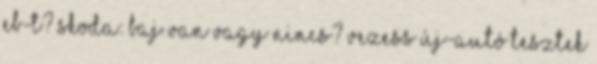
EB-t? Skoda: baj van vagy nincs? Vezess Új-autó tesztek